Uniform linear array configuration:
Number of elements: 64
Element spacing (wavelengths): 0.75
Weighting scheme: cosine
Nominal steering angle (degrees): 45
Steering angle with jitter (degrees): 43.584
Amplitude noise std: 0.05
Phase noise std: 0.05

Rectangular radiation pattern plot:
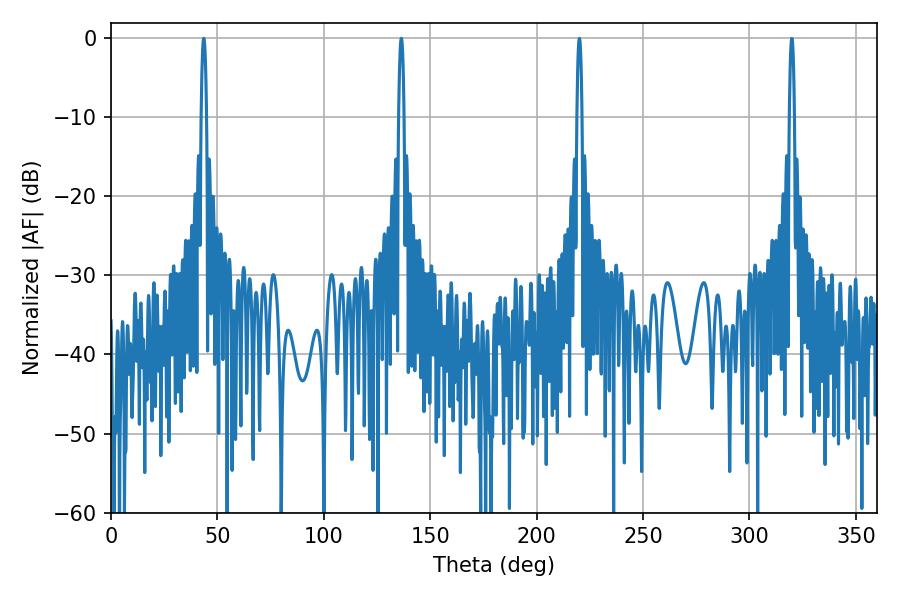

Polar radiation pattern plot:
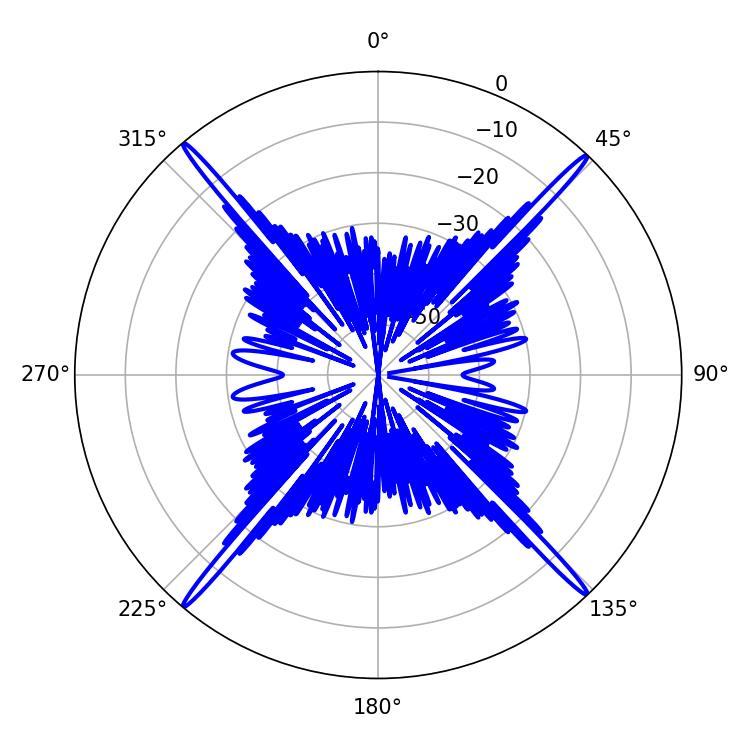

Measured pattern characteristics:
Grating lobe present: TRUE
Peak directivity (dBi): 26.442
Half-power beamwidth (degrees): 1.44
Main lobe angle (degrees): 43.56